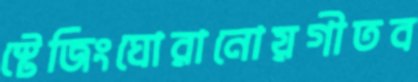
স্টেজিংঘোরানোয়গীতব